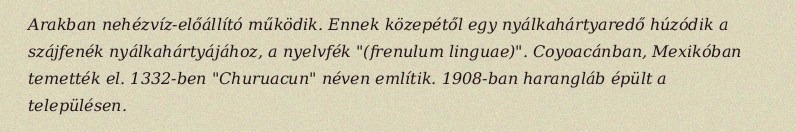
Arakban nehézvíz-előállító működik. Ennek közepétől egy nyálkahártyaredő húzódik a szájfenék nyálkahártyájához, a nyelvfék "(frenulum linguae)". Coyoacánban, Mexikóban temették el. 1332-ben "Churuacun" néven említik. 1908-ban harangláb épült a településen.